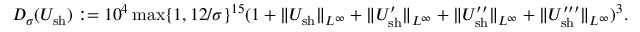
D _ { \sigma } ( U _ { \mathrm { s h } } ) : = 1 0 ^ { 4 } \operatorname* { m a x } \{ 1 , 1 2 / \sigma \} ^ { 1 5 } ( 1 + \| U _ { \mathrm { s h } } \| _ { L ^ { \infty } } + \| U _ { \mathrm { s h } } ^ { \prime } \| _ { L ^ { \infty } } + \| U _ { \mathrm { s h } } ^ { \prime \prime } \| _ { L ^ { \infty } } + \| U _ { \mathrm { s h } } ^ { \prime \prime \prime } \| _ { L ^ { \infty } } ) ^ { 3 } .